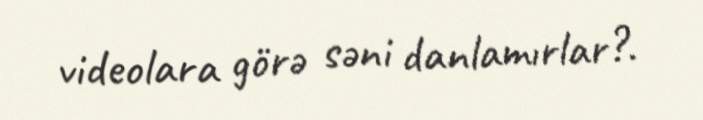
videolara görə səni danlamırlar?.